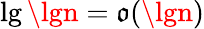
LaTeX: \lg\lgn=\mathfrak{o}(\lgn)